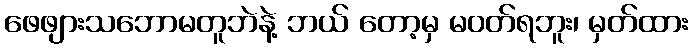
ဖေဖျားသဘောမတူဘဲနဲ့ ဘယ် တော့မှ မဝတ်ရဘူး၊ မှတ်ထား